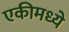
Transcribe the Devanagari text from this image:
एकीमध्ये